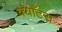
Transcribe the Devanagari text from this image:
क्योँटरा